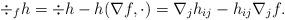
LaTeX: \begin{align*} \div_f h=\div h-h (\nabla f, \cdot)=\nabla_jh_{ij}-h_{ij}\nabla_jf.\end{align*}